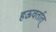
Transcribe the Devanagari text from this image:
हऊवर्तात्